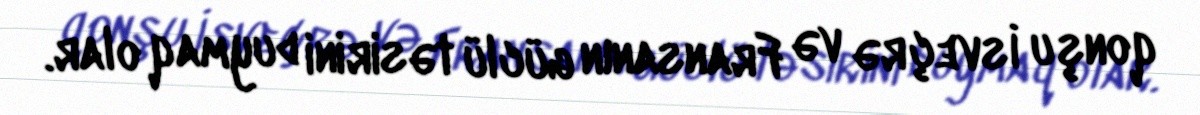
qonşu İsveçrə və Fransanın güclü təsirini duymaq olar.